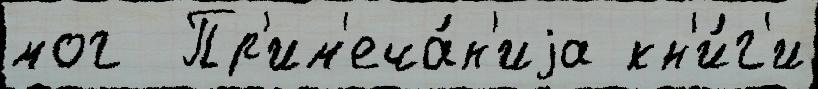
мог  Пр'им'еча́н'иjа кн'и́г'и